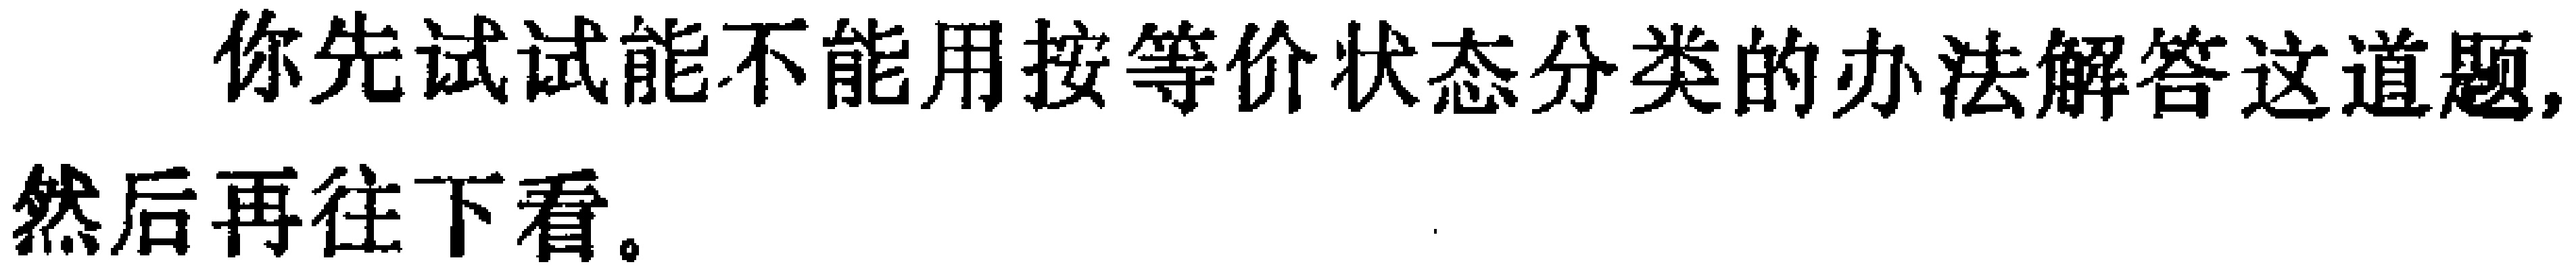
你先试试能不能用按等价状态分类的办法解答这道题,然后再往下看。